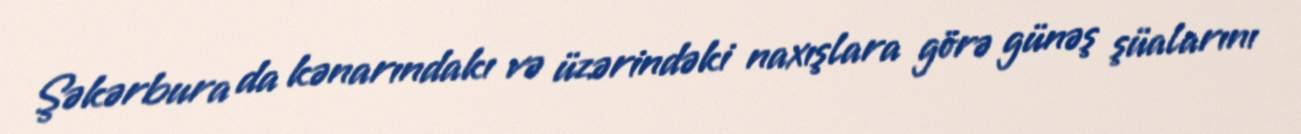
Şəkərbura da kənarındakı və üzərindəki naxışlara görə günəş şüalarını